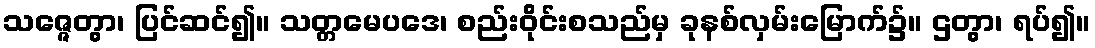
သဇ္ဇေတွာ၊ ပြင်ဆင်၍။ သတ္တမေပဒေ၊ စည်းဝိုင်းစသည်မှ ခုနစ်လှမ်းမြောက်၌။ ဌတွာ၊ ရပ်၍။